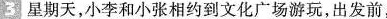
3 星期天，小李和小张相约到文化广场游玩，出发前，